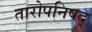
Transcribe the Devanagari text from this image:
तारोपनिषद्